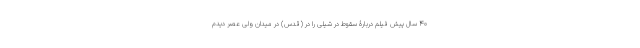
40 سال پیش فیلم دربارۀ سقوط در شیلی را در (قدس) در میدان ولی عصر دیدم